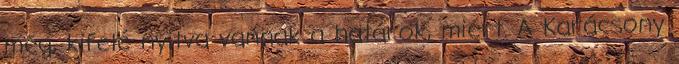
még, kifelé nyitva vannak a határok, miért. A Karácsony